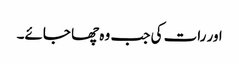
اور رات کی جب وہ چھا جائے۔